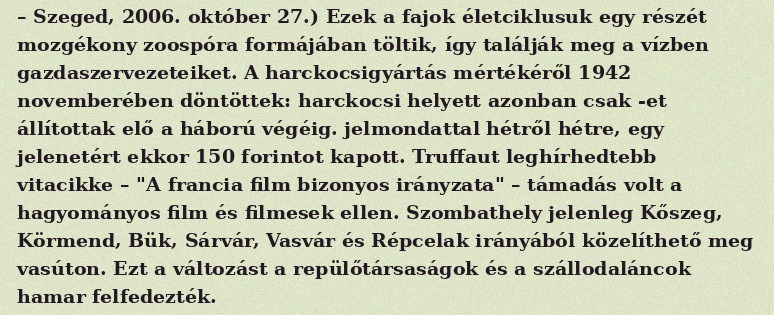
– Szeged, 2006. október 27.) Ezek a fajok életciklusuk egy részét mozgékony zoospóra formájában töltik, így találják meg a vízben gazdaszervezeteiket. A harckocsigyártás mértékéről 1942 novemberében döntöttek: harckocsi helyett azonban csak -et állítottak elő a háború végéig. jelmondattal hétről hétre, egy jelenetért ekkor 150 forintot kapott. Truffaut leghírhedtebb vitacikke – "A francia film bizonyos irányzata" – támadás volt a hagyományos film és filmesek ellen. Szombathely jelenleg Kőszeg, Körmend, Bük, Sárvár, Vasvár és Répcelak irányából közelíthető meg vasúton. Ezt a változást a repülőtársaságok és a szállodaláncok hamar felfedezték.